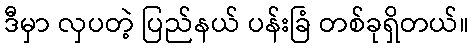
ဒီမှာ လှပတဲ့ ပြည်နယ် ပန်းခြံ တစ်ခုရှိတယ်။